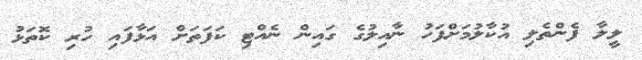
ލީލާ ފެންތެލި އުކާލުމަށްފަހު ނާއިލުގެ ގައިން ނެއްޓި ކަފަތަށް އަޅާފައި ހުރި ކޮތަޅު